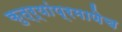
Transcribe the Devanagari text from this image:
कुत्र्यांप्रमाणेच